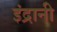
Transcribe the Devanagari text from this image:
इंद्रानी